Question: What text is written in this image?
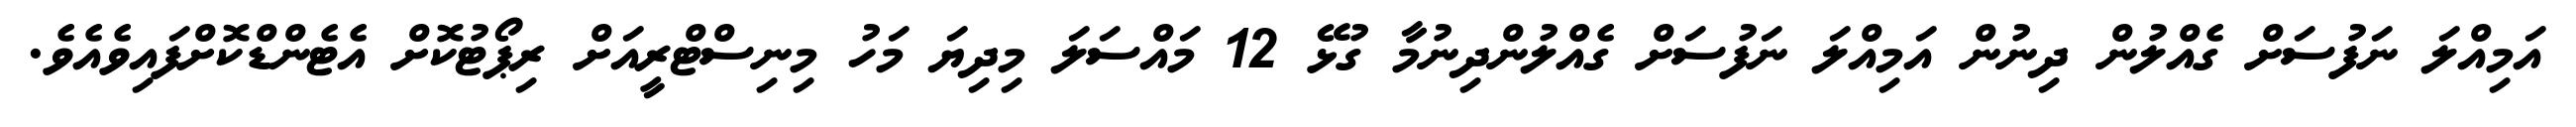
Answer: އަމިއްލަ ނަފުސަށް ގެއްލުން ދިނުން އަމިއްލަ ނަފުސަށް ގެއްލުންދިނުމާ ގުޅޭ 12 މައްސަލަ މިދިޔަ މަހު މިނިސްޓްރީއަށް ރިޕޯޓުކޮށް އެޓެންޑްކޮށްފައިވެއެވެ.